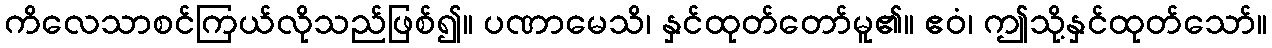
ကိလေသာစင်ကြယ်လိုသည်ဖြစ်၍။ ပဏာမေသိ၊ နှင်ထုတ်တော်မူ၏။ ဧဝံ၊ ဤသို့နှင်ထုတ်သော်။